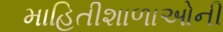
માહિતીશાળાઓની